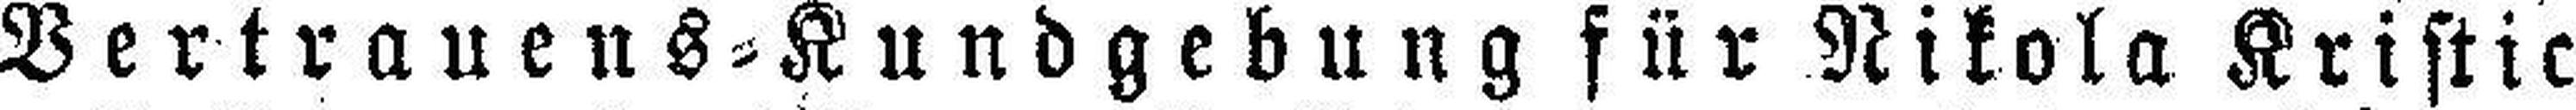
Vertrauens=Kundgebung für Nikola Kristic